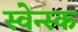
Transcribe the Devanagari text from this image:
स्वेन्स्क